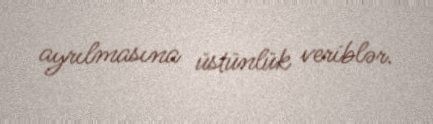
ayrılmasına üstünlük veriblər.